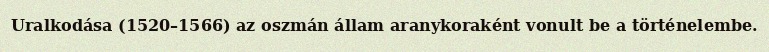
Uralkodása (1520–1566) az oszmán állam aranykoraként vonult be a történelembe.